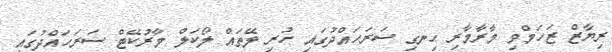
ރިޔާޒް ޒަހަމްވި މާރާމާރި ހިނގި ސަރަހައްދުގައި ހުރި ލޭތައް ލޯކަލް މާރުކޭޓް ސަރަހައްދުގައި